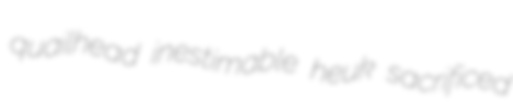
quailhead inestimable heuk sacrificed